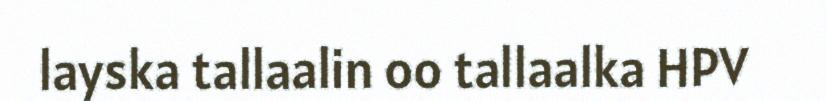
layska tallaalin oo tallaalka HPV